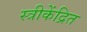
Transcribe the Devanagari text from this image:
स्त्रीकेंद्रित